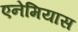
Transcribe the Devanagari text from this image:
एनेमियास